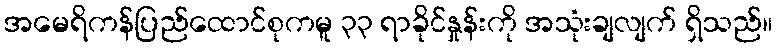
အမေရိကန်ပြည်ထောင်စုကမူ ၃၃ ရာခိုင်နှုန်းကို အသုံးချလျက် ရှိသည်။